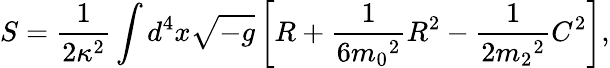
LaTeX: S=\frac{1}{2\kappa^{2}}\int{d^{4}x\sqrt{-g}\left[R+\frac{1}{6{m_{0}}^{2}}R^{2}-\frac{1}{2{m_{2}}^{2}}C^{2}\right]},